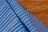
كيف